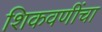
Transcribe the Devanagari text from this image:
शिकवणींचा